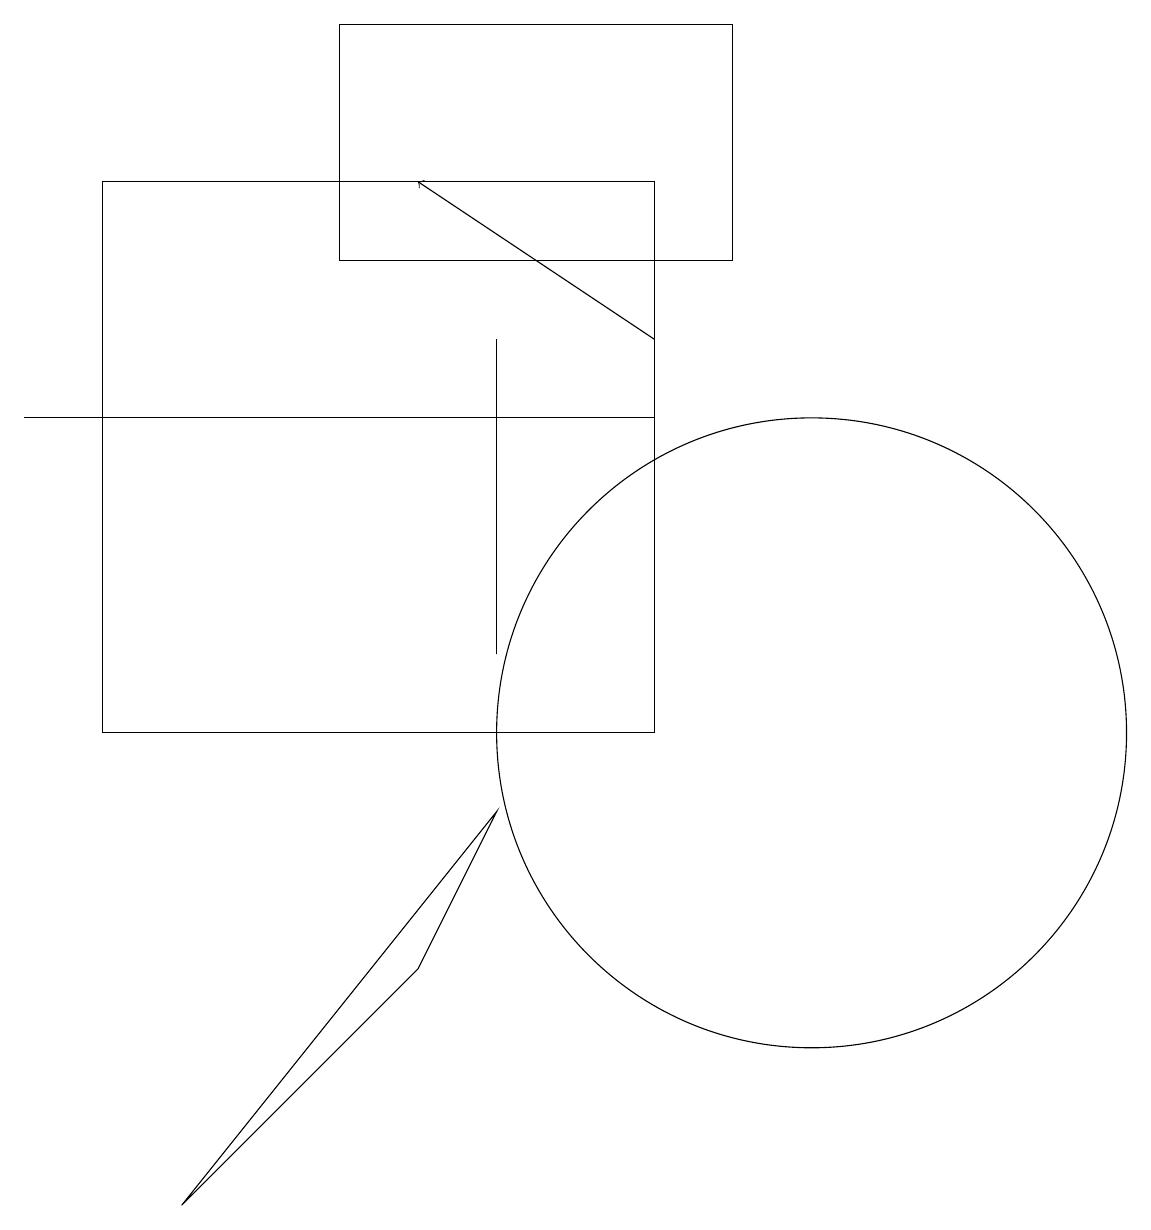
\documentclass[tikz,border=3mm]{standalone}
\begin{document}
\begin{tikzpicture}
\draw (4,19) rectangle (9,16);
\draw (8,10) rectangle (1,17);
\draw (10,10) circle (4);
\draw (6,15) rectangle (6,11);
\draw[->] (8,15) -- (5,17);
\draw (0,14) rectangle (8,14);
\draw (2,4) -- (5,7) -- (6,9) -- cycle;
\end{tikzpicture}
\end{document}